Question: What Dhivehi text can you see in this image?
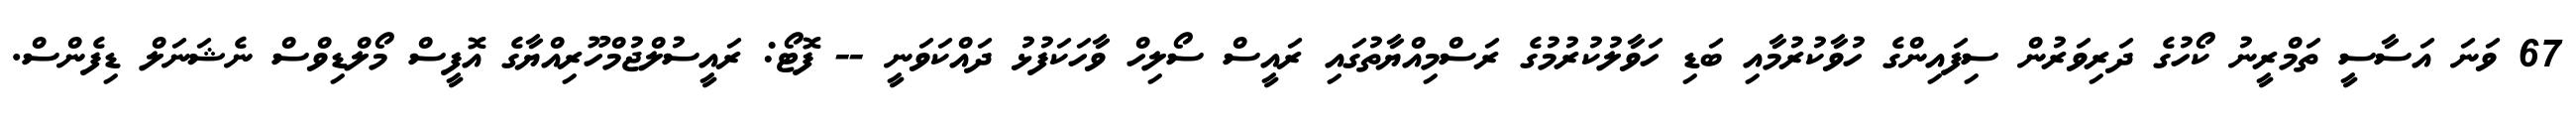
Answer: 67 ވަނަ އަސާސީ ތަމްރީނު ކޯހުގެ ދަރިވަރުން ސިފައިންގެ ހުވާކުރުމާއި ބަޑި ހަވާލުކުރުމުގެ ރަސްމިއްޔާތުގައި ރައީސް ސޯލިހް ވާހަކަފުޅު ދައްކަވަނީ -- ފޮޓޯ: ރައީސުލްޖުމްހޫރިއްޔާގެ އޮފީސް މޯލްޑިވްސް ނެޝަނަލް ޑިފެންސް.